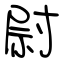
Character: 尉